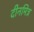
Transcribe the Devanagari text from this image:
दीनमित्र